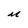
Character: M